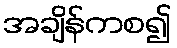
အချိန်ကစ၍